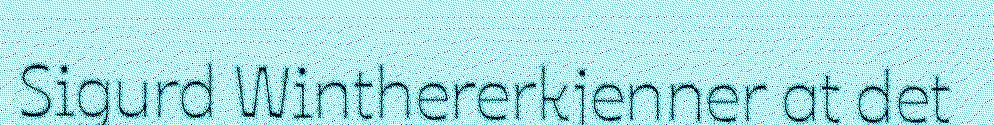
Sigurd Winthererkjenner at det